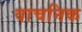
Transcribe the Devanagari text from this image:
वाचनिक